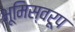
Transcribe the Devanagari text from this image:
भूमिस्वरूप